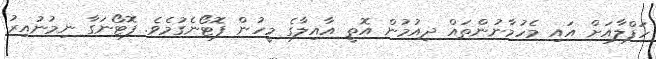
ހަފްލާއަށް އައި މެހުމާނުންތައް ދިއުމުން އޮތީ އާއިލާގެ މީހުން ފޮޓޯނެގުމެވެ. ފޮޓޯނަގާ ނިމުނުއިރު